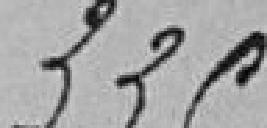
335